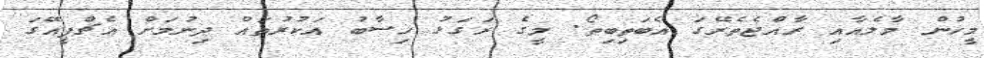
މީހުން މާލެއާއި ރާއްޖެތެރޭގަ އެބަތިބިތޯ. މީގެ ރަގަޅު ހިސާބު އަކުރުތައް ދިނުމަށް އެޗްޕީއޭގަ